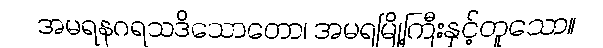
အမရနဂရသဒိသောတော၊ အမရမြို့ကြီးနှင့်တူသော။